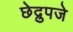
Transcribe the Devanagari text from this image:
छेद्रुपजे